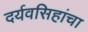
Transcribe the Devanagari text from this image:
दर्यवसिहांचा